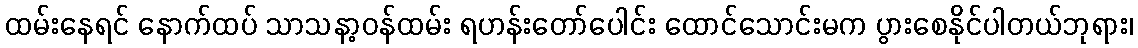
ထမ်းနေရင် နောက်ထပ် သာသနာ့ဝန်ထမ်း ရဟန်းတော်ပေါင်း ထောင်သောင်းမက ပွားစေနိုင်ပါတယ်ဘုရား၊